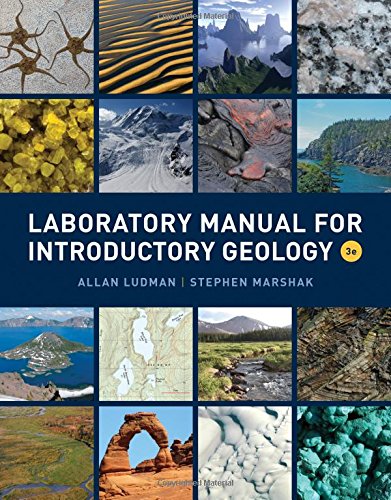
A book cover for Laboratory Manual for Introductory Geology (Third Edition); Allan Ludman; Science & Math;